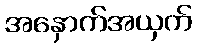
အနှောက်အယှက်